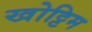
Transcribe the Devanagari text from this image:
खोट्टिम